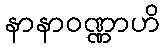
နာနာဝဏ္ဏာဟိ